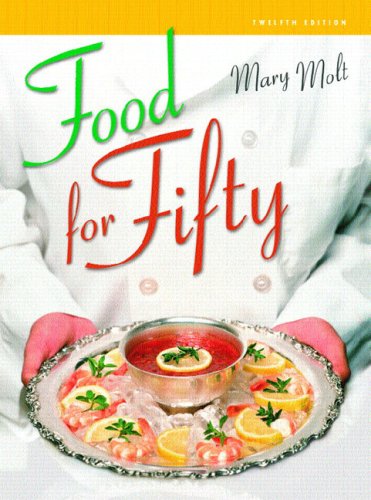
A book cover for Food for Fifty (12th Edition); Mary K. Molt; Cookbooks, Food & Wine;